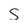
Character: s